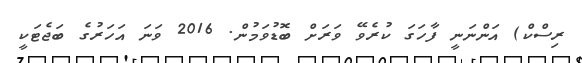
ރިސްކް) އަންނަނީ ފާހަގަ ކުރެވޭ ވަރަށް ބޮޑުވަމުން. 2016 ވަނަ އަހަރުގެ ބަޖެޓަކީ